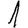
Digit: 1